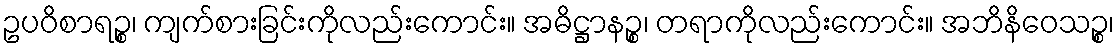
ဥပဝိစာရဉ္စ၊ ကျက်စားခြင်းကိုလည်းကောင်း။ အဓိဋ္ဌာနဉ္စ၊ တရာကိုလည်းကောင်း။ အဘိနိဝေသဉ္စ၊